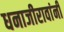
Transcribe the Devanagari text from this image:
धनाजीरावांनी